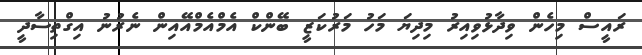
ރައީސް މިހެން ވިދާޅުވިއިރު މިދިޔަ މަހު މަރުކަޒީ ބޭންކް އެމްއެމްއޭއިން ނެރުނު އިގްތިސާދީ